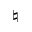
\natural